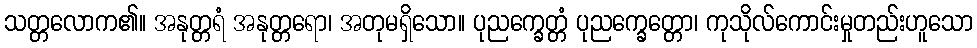
သတ္တလောက၏။ အနုတ္တရံ အနုတ္တရော၊ အတုမရှိသော။ ပုညက္ခေတ္တံ ပုညက္ခေတ္တော၊ ကုသိုလ်ကောင်းမှုတည်းဟူသော